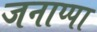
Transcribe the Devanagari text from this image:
जनाप्पा